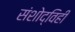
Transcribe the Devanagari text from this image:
संशोद्विहीं